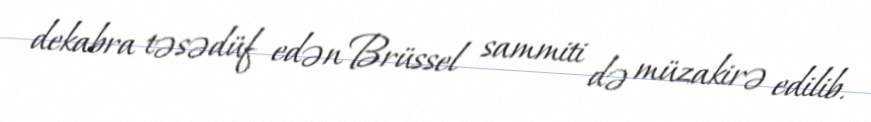
dekabra təsədüf edən Brüssel sammiti də müzakirə edilib.